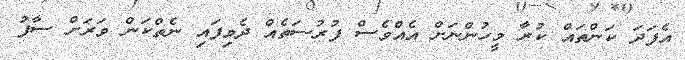
އެފަދަ ކަންތައް ކުރާ މީހުންނަށް އެއްވެސް ފުރުސަތެއް ދެވިފައި ނެތްކަން ވަރަށް ސާފު